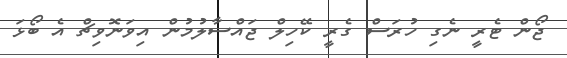
ޖޯން ޓެރީ ނެގި ހުރަސް ގެރީ ކޭހިލް ޖައްސާލުމުން އިވަނޮވިޗް އެ ބޯޅަ